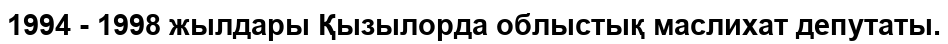
1994 - 1998 жылдары Қызылорда облыстық маслихат депутаты.